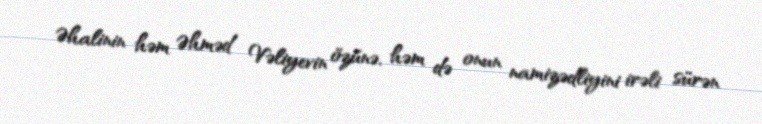
Əhalinin həm Əhməd Vəliyevin özünə, həm də onun namizədliyini irəli sürən